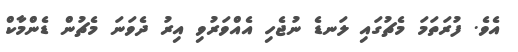
އެވެ. ފުރަތަމަ މެޗުގައި ލަނޑެ ނުޖެހި އެއްވަރުވި އިރު ދެވަނަ މެޗުން ޑެންމާކް